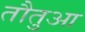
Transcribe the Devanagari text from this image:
तौतुआ